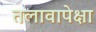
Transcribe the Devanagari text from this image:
तलावापेक्षा